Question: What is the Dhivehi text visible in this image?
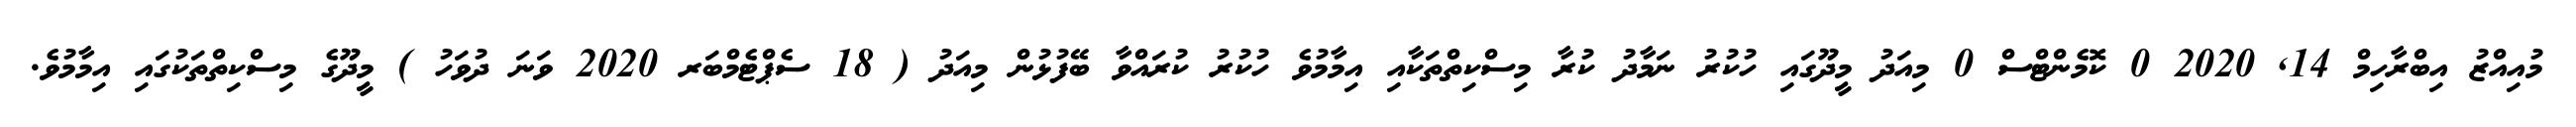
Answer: މުއިއްޒު އިބްރާހިމް 14, 2020 0 ކޮމެންޓްސް 0 މިއަދު މީދޫގައި ހުކުރު ނަމާދު ކުރާ މިސްކިތްތަކާއި އިމާމުވެ ހުކުރު ކުރައްވާ ބޭފުޅުން މިއަދު ( 18 ސެޕްޓެމްބަރ 2020 ވަނަ ދުވަހު ) މީދޫގެ މިސްކިތްތަކުގައި އިމާމުވެ.